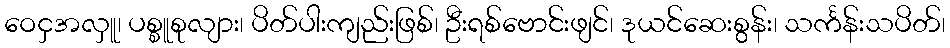
ဝေငှအလှူ၊ ပစ္စူစုလျား၊ ပိတ်ပါးကျည်းဖြစ်၊ ဦးရစ်ဗောင်းဖျင်၊ ဒုယင်ဆေးစွန်း၊ သင်္ကန်းသပိတ်၊